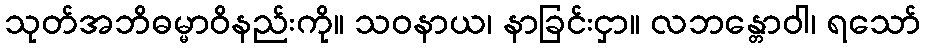
သုတ်အဘိဓမ္မာဝိနည်းကို။ သဝနာယ၊ နာခြင်းငှာ။ လဘန္တောဝါ၊ ရသော်